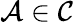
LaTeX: {\cal A}\in{\cal C}